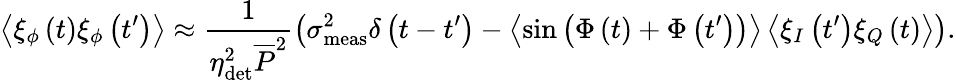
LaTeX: \left\langle\xi_{\phi}\left(t\right)\xi_{\phi}\left(t^{\prime}\right)\right\rangle\approx\frac{1}{\eta_{\mathrm{det}}^{2}\overline{{P}}^{2}}\left(\sigma_{\mathrm{meas}}^{2}\delta\left(t-t^{\prime}\right)-\left\langle\sin{\left(\Phi\left(t\right)+\Phi\left(t^{\prime}\right)\right)}\right\rangle\left\langle\xi_{I}\left(t^{\prime}\right)\xi_{Q}\left(t\right)\right\rangle\right).